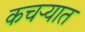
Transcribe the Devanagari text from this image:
कचर्‍यात